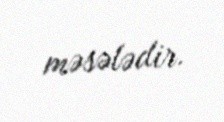
məsələdir.